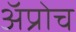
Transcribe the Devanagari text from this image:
अॅप्रोच